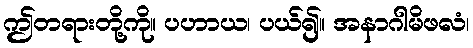
ဤတရားတို့ကို။ ပဟာယ၊ ပယ်၍။ အနာဂါမိဖလံ၊